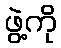
ဖွဲ့ကို